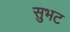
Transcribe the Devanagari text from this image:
सुभट